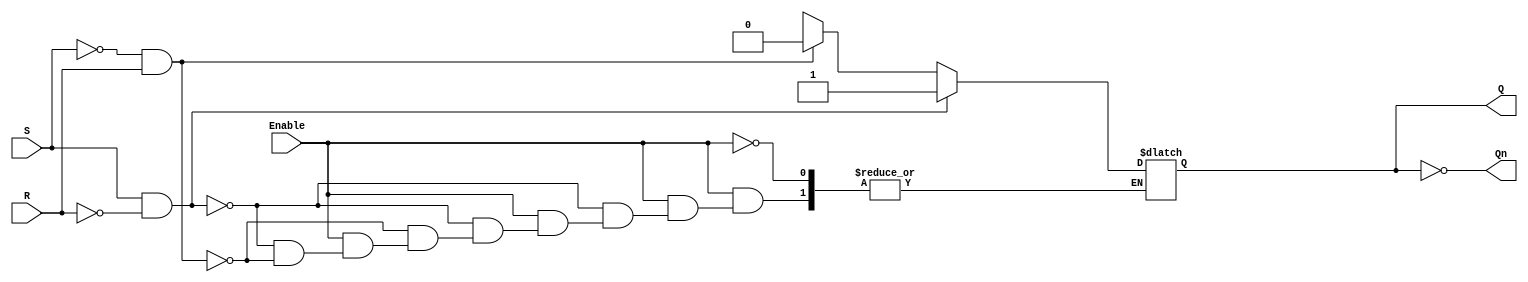
module gated_sr_latch (
    input wire S,        // Set input
    input wire R,        // Reset input
    input wire Enable,   // Enable input
    output reg Q,        // Output Q
    output wire Qn       // Output Q' (complement of Q)
);

    assign Qn = ~Q; // Q' is the complement of Q

    always @(*) begin
        if (Enable) begin
            if (S && !R) begin
                Q = 1'b1; // Set Q to 1
            end else if (!S && R) begin
                Q = 1'b0; // Reset Q to 0
            end else if (!S && !R) begin
                // Maintain previous state (do nothing)
                Q = Q; // Hold state
            end else begin
                // S = 1 and R = 1 is indeterminate, do nothing
                Q = Q; // Hold state
            end
        end
        // If Enable is low, Q retains its previous state
    end

endmodule